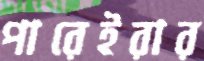
পারেইরার